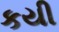
કયી